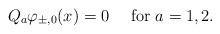
LaTeX: \begin{align*}Q_a \varphi_{\pm,0}(x)=0 ~~~~{\rm for} ~a=1,2.\end{align*}